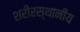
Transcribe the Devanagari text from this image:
शरीरस्थानीय